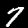
Digit: 7